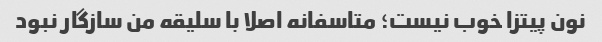
نون پیتزا خوب نیست؛ متاسفانه اصلا با سلیقه من سازگار نبود